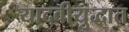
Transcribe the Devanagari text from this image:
यादवीयुद्धात